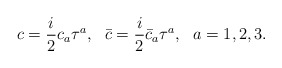
\begin{align*}c= \frac{i}{2} c_a \tau^{a}, ~~ \bar{c} = \frac{i}{2} \bar{c}_a \tau^{a}, ~~ a=1,2,3 .\end{align*}